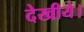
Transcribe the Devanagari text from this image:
देखीये।